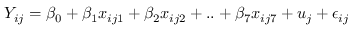
Y _ { i j } = \beta _ { 0 } + \beta _ { 1 } x _ { i j 1 } + \beta _ { 2 } x _ { i j 2 } + . . + \beta _ { 7 } x _ { i j 7 } + u _ { j } + \epsilon _ { i j }